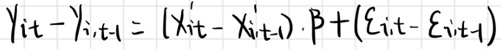
$y_{it}-y_{i,t - 1}=(x_{it}'-x_{i,t - 1}')\cdot\beta+(\varepsilon_{i,t}-\varepsilon_{i,t - 1})$